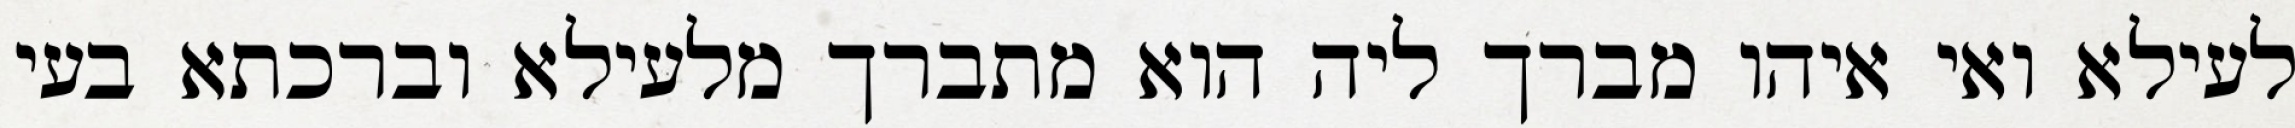
לעילא ואי איהו מברך ליה הוא מתברך מלעילא וברכתא בעי